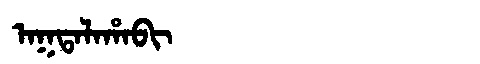
Manchu: ᠠᡴᡨᠠᠯᠠᡥᠠᠪᡳ
Romanization: AKTALAHABI